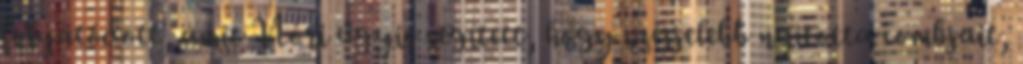
folyatódott, amit Nóri úgyis segített, hogy széjjelebb nyitotta combjait,